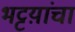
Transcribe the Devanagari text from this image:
भट्टय़ांचा